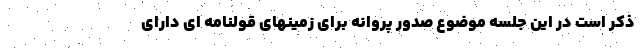
ذکر است در این جلسه موضوع صدور پروانه برای زمینهای قولنامه ای دارای